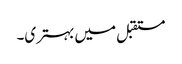
مستقبل میں بہتری۔